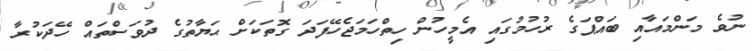
ނުވެ މަންމައާއި ބައްޕަގެ ރުހުމުގައި އެމީހުން ހިތްހަމަޖެހޭފަދަ ގޮތަކަށް ޙަޔާތުގެ ދުވަސްތައް ހޭދަކުރާ